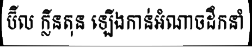
ប៊ីល ក្លីនតុន ឡើងកាន់អំណាចដឹកនាំ